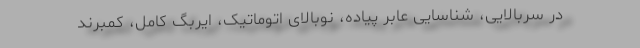
در سربالایی، شناسایی عابر پیاده، نوبالای اتوماتیک، ایربگ کامل، کمبرند